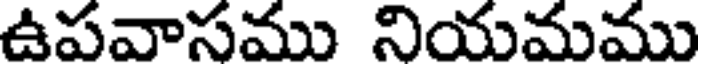
ఉపవాసము నియమము